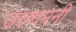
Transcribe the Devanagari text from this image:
उरुधमनी